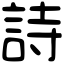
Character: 詩